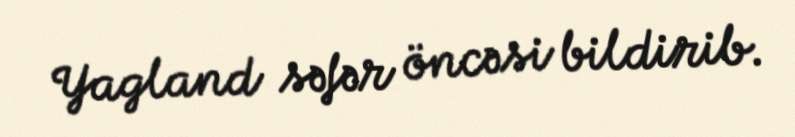
Yagland səfər öncəsi bildirib.